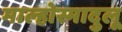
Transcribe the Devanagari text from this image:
माल्होस्मादुलू